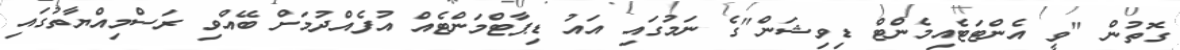
ގޮތުން "ވީ އެންޓަޓެއިމެންޓް ޑިވިޝަން"ގެ ނަމުގައި އައު ޑިޕާޓްމަންޓެއް އުފެއްދުމަށް ބޭއްވި ރަސްމިއްޔާތުގައި